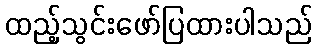
ထည့်သွင်းဖော်ပြထားပါသည်